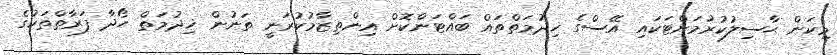
މިކަން ޙާސިލުކުރުމަށްޓަކައި އޭސްގެ ޚިދުމަތްތައް ބައްޓަންކޮށް އިންތިޒާމުކުރަނީ ތަނުން ޚިދުމަތް ހޯދާ ފަރާތްތަކުގެ